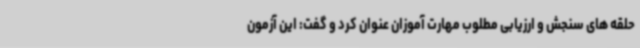
حلقه های سنجش و ارزیابی مطلوب مهارت آموزان عنوان کرد و گفت: این آزمون